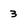
Character: 3